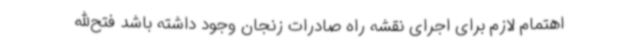
اهتمام لازم برای اجرای نقشه راه صادرات زنجان وجود داشته باشد فتح‌الله